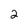
Character: 2